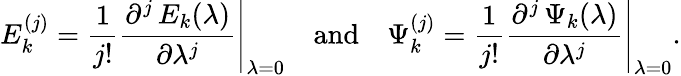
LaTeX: E_{k}^{(j)}=\frac{1}{j!}\left.\frac{\partial^{j}\, E_{k}(\lambda)}{\partial\lambda^{j}}\right\vert_{\lambda=0}\quad\mathrm{and}\quad\Psi_{k}^{(j)}=\frac{1}{j!}\left.\frac{\partial^{j}\, \Psi_{k}(\lambda)}{\partial\lambda^{j}}\right\vert_{\lambda=0}.